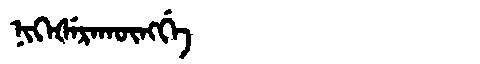
Manchu: ᠨᡳᡴᡝᡧᡝᡵᠠᡴᡡᠩᡤᡝ
Romanization: NIKEŠERAKŪNGGE